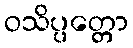
ဝသိပ္ပတ္တော